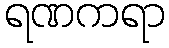
ရဏကရာ